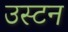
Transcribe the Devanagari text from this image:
उस्टन